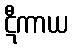
ဋီကာယ